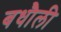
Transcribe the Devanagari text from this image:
बधौली